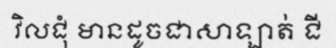
វិលជុំ មានដូចជាសាឡាត់ ជី